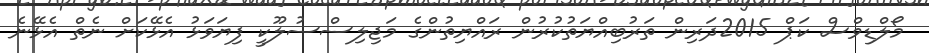
މޯލްޑިވްސް ކަޕް 2015ދަރިން ތަރުބިއްޔަތުކުރުން ރައްޔިތުންގެ މަޖިލިސްސުލޫކީ ފިޔަވަޅު އެޅޭކަށް ނެތް އެޅޭނެ